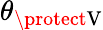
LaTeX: \theta_{\protect\mathrm{V}}